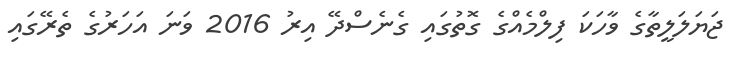
ޖަޔަލަލީތާގެ ވާހަކަ ފިލްމެއްގެ ގޮތުގައި ގެނެސްދޭ އިރު 2016 ވަނަ އަހަރުގެ ތެރޭގައި